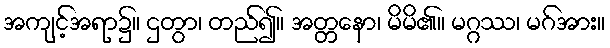
အကျင့်အရာ၌။ ဌတွာ၊ တည်၍။ အတ္တနော၊ မိမိ၏။ မဂ္ဂဿ၊ မဂ်အား။